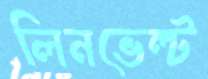
লিনভেল্ট